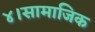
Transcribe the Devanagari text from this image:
४।सामाजिक